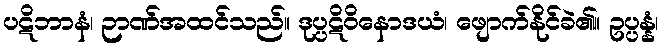
ပဋိဘာနံ၊ ဉာဏ်အထင်သည်။ ဒုပ္ပဋိဝိနောဒယံ၊ ဖျောက်နိုင်ခဲ၏။ ဥပ္ပန္နံ၊